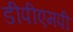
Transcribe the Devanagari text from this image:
डीपीएमपी